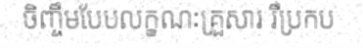
ចិញ្ចឹមបែបលក្ខណៈគ្រួសារ រឺប្រកប